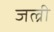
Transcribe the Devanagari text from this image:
जल्री